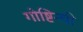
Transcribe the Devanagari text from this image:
गोष्टिन्ची